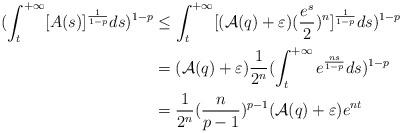
LaTeX: \begin{align*}\begin{aligned}(\int_t^{+\infty}[A(s)]^{\frac{1}{1-p}}ds)^{1-p}&\leq\int_t^{+\infty}[(\mathcal{A}(q)+\varepsilon)(\frac{e^s}{2})^n]^{\frac{1}{1-p}}ds)^{1-p}\\ &=(\mathcal{A}(q)+\varepsilon)\frac{1}{2^n}(\int_t^{+\infty} e^{\frac{ns}{1-p}}ds)^{1-p}\\ &=\frac{1}{2^n}(\frac{n}{p-1})^{p-1}(\mathcal{A}(q)+\varepsilon)e^{nt}\end{aligned}\end{align*}